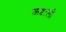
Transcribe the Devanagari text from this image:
कब्बाली